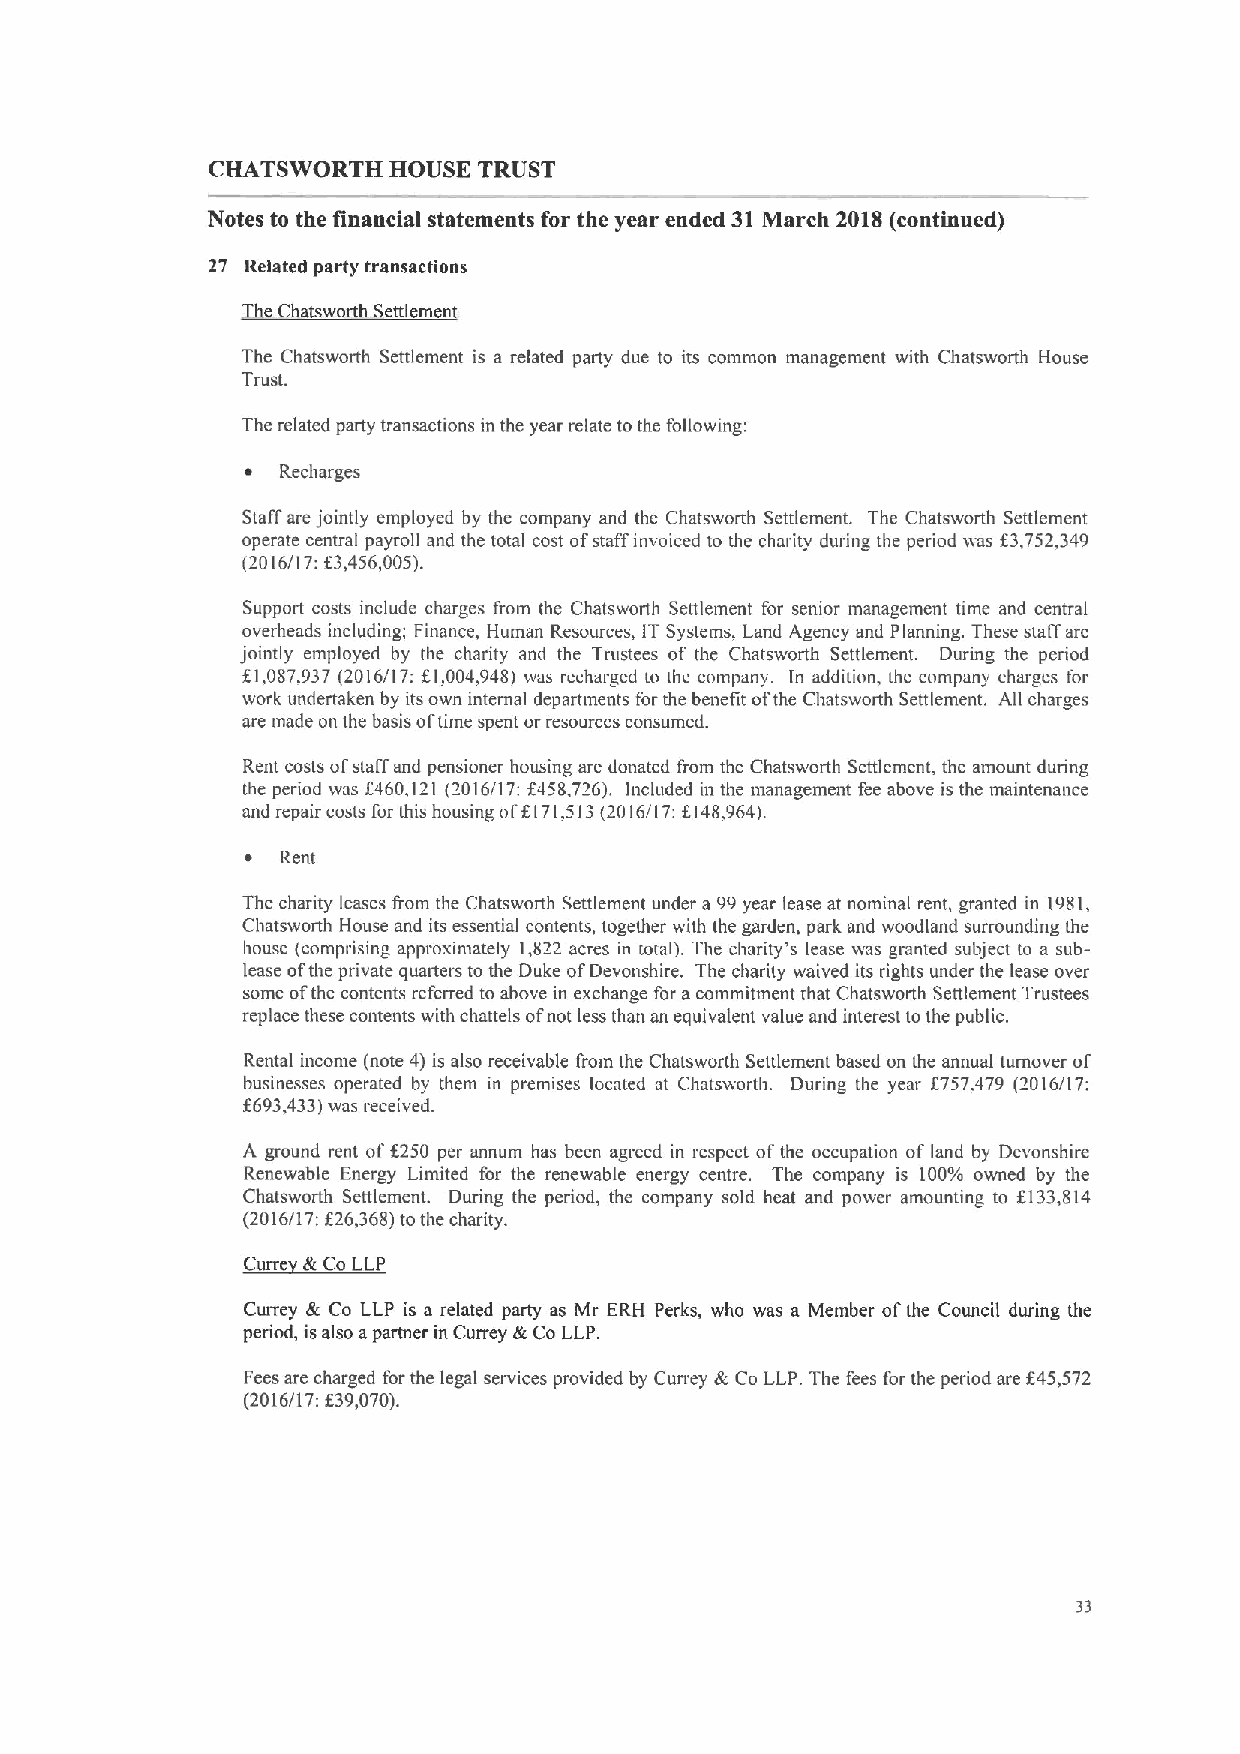
CHATSWORTH  HOUSE TRUST
 Notes to the financial statements for the year ended 31March 2018(continued)
 27 Related party transactions
 eChatswoith Settlement
 The Chatswotth Settlement is a related party due to its common management with Chatswoith House
 Tillst.
 The related party transactions in the year relate to the following:
 ~  Recharges
 Staff are jointly employed by the company and the Chatsworth Settlement. The Chatsworth Settlement
 operate central payroll and the total cost ofstaff invoiced to the charity during the period was f3,752,349
 (7016/17:f3,456,005).
 Support costs include charges from the Chatsworth Settlement for senior management time and central
 overheads including; Finance, Human Resources, IT Systems, Land Agency and Planning. These staff are
 jointly employed by the charity and the Trustees of the Chatswoith Settlement. During the period
 f1,087.937 (2016/17: f.l,004,948) was recharged to the company. In addition, the company charges for
 work undertaken by its own internal departments for the benefit ofthe Chatsworth Settlement. All charges
 are made on the basis oftime spent or resources consumed.
 Rent costs ofstaff and pensioner housing are donated from the Chatsworth Settlement, the amount during
 the period was f460,121 (2016/17: f458,726). Included in the management fee above is the maintenance
 and repair costs for this housing off I71.513(2016/17:f.148,964).
 ~  Rent
 The charity leases from the Chatswoith Settlement under a 99year lease at nominal rent, granted in 1981,
 Chatswoith House and its essential contents, together with the garden, park and woodland surrounding the
 house (comprising approximately 1,822 acres in total). 'I'he charity's lease was granted subject to a sub-
 lease ofthe private quarters to the Duke ofDevonshire. The charity waived its rights under the lease over
 some ofthe contents referred to above in exchange for acommitment that Chatsworth Settlement Trustees
 replace these contents with chattels ofnot less than an equivalent value and interest tothe public.
 Rental income (note 4) is also receivable from the Chatsworth Settlement based on the annual turnover of
 businesses operated by them in preinises located at Chatsworth. During the year f757.479 (2016/17:
 f693,433)was received.
 A ground rent off250 per annum has been agreed in respect ofthe occupation of land by Devonshire
 Renewable Energy Limited for the renewable energy centre. The company is 100&% owned by the
 Chatsworth Settlement. During the period, the company sold heat and power amounting to f.133,814
 (2016/17:f26,368)tothe charity.
 C * &C LLP
 Currey & Co LLP is a related party as Mr ERH Perks, who was a Member ofthe Council during the
 period, isalso apartner in Currey &Co LLP.
 f
 Fees are charged for the legal services provided by Cuivey &Co LLP. The fees for the period are 45,572
 f
 (2016/17: 39,070).
 33